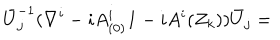
\bar { U } _ { j } ^ { - 1 } ( \nabla ^ { i } - i A _ { ( 0 ) } ^ { i } { \bf 1 } - i A ^ { i } ( Z _ { k } ) ) \bar { U } _ { j } =